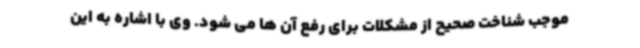
موجب شناخت صحیح از مشکلات برای رفع آن ها می شود. وی با اشاره به این